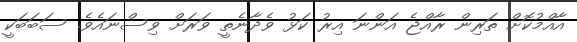
އާއްމުކޮށް ތަރިން ރާއްޖެ އަންނަ އިރު ކަޅު ވެދާނެތީ ވަރަށް ވިސްނައެވެ. ސަބަބަކީ